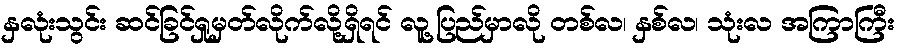
နှလုံးသွင်း ဆင်ခြင်ရှုမှတ်လိုက်လို့ရှိရင် လူ့ပြည်မှာလို တစ်လ၊ နှစ်လ၊ သုံးလ အကြာကြီး